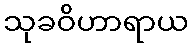
သုခဝိဟာရာယ